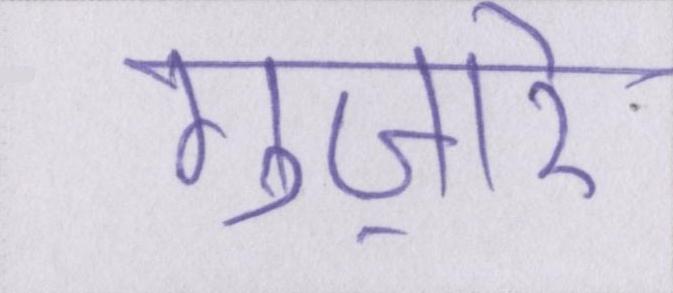
गुज़ारे